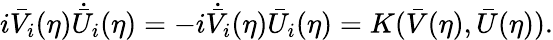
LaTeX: i\bar{V}_{i}(\eta)\dot{\bar{U}}_{i}(\eta)=-i\dot{\bar{V}}_{i}(\eta)\bar{U}_{i}(\eta)=K(\bar{V}(\eta),\bar{U}(\eta)).